Distribution and causation of leprosy in British India
Year: 1875
Disease focus: Leprosy
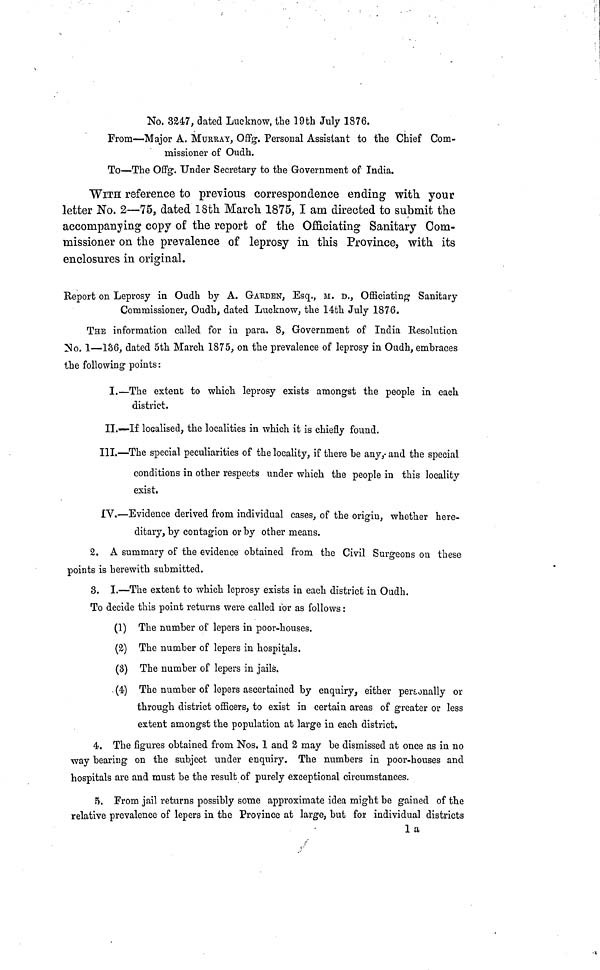
No. 3247, dated Lucknow, the 19th July 1876.
From—Major A. MURRAY, Offg. Personal Assistant to the Chief Com-
missioner of Oudh.
To—The Offg. Under Secretary to the Government of India.
WITH reference to previous correspondence ending with your
letter No. 2—75, dated 18th March 1875, I am directed to submit the
accompanying copy of the report of the Officiating Sanitary Com-
missioner on the prevalence of leprosy in this Province, with its
enclosures in original.
Report on Leprosy in Oudh by A. GARDEN, Esq., M. D., Officiating Sanitary
Commissioner, Oudh, dated Lucknow, the 14th July 1876.
THE information called for in para. 8, Government of India Resolution
No. 1—136, dated 5th March 1875, on the prevalence of leprosy in Oudh, embraces
the following points :
I.—The extent to which leprosy exists amongst the people in each
district.
II.—If localised, the localities in which it is chiefly found.
III.—The special peculiarities of the locality, if there be any,· and the special
conditions in other respects under which the people in this locality
exist.
IV.—Evidence derived from individual cases, of the origin, whether here-
ditary, by contagion or by other means.
2. A summary of the evidence obtained from the Civil Surgeons on these
points is herewith submitted.
3. I.—The extent to which leprosy exists in each district in Oudh.
To decide this point returns were called lor as follows :
(1) The number of lepers in poor-houses.
(2) The number of lepers in hospitals.
(3) The number of lepers in jails.
(4) The number of lepers ascertained by enquiry, either personally or
through district officers, to exist in certain areas of greater or less
extent amongst the population at large in each district.
4. The figures obtained from Nos. 1 and 2 may be dismissed at once as in no
way bearing on the subject under enquiry. The numbers in poor-houses and
hospitals are and must be the result of purely exceptional circumstances.
5. From jail returns possibly some approximate idea might be gained of the
relative prevalence of lepers in the Province at large, but for individual districts
la